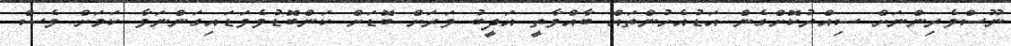
ނޫސްވެރިންނަށް ސިއްރުކޮށްގެން އަޑުއެހުންތައް ބާއްވާތީ އަދީބު ވަރަށް ބޮޑަށް ކަންބޮޑުވެވަޑައިގަންނަވާ ކަމަށް ވެސް